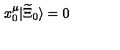
x _ { 0 } ^ { \mu } | \widetilde { \Xi } _ { 0 } \rangle = 0 \,